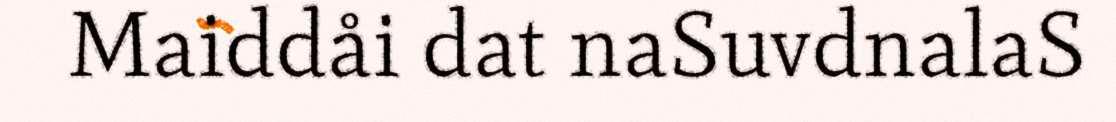
Maiddåi dat naSuvdnalaS